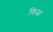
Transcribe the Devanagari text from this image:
कित्ना